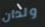
ولدان